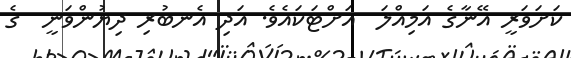
ކަށަވަރީ އޭނާގެ އަމިއްލަ  އަށްޓަކައެވެ. އަދި އެނބުރި ދިޔުންވަނީ  ގެ